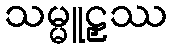
သမ္မူဠှဿ